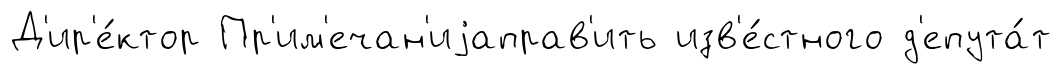
Д'ир'е́ктор Пр'им'ечан'иjаправ'ить изв'е́стного д'епута́т